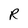
Character: R